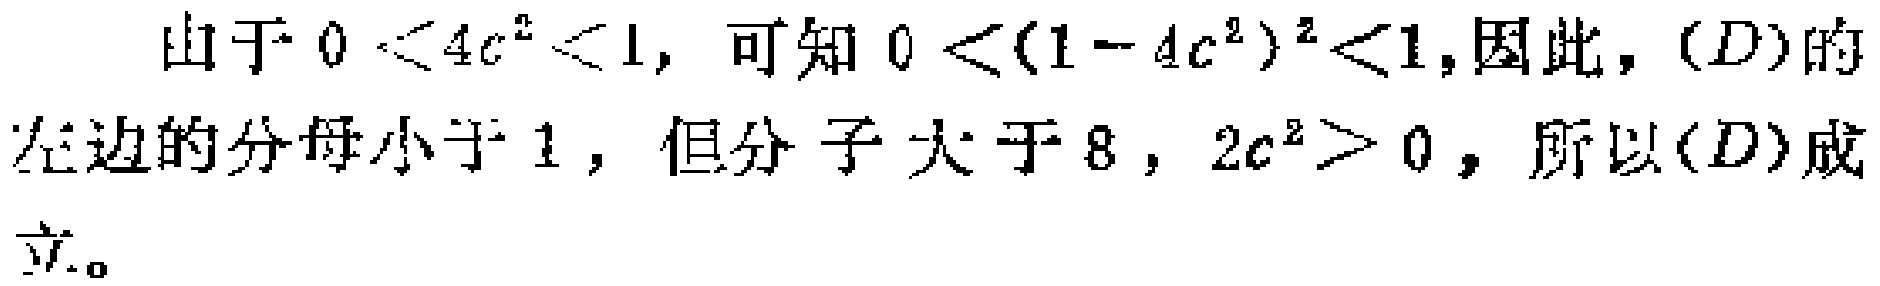
由于\(0 < 4c^{2} < 1\)，可知\(0 < (1 - 4c^{2})^{2}<1\)，因此，\((D)\)的左边的分母小于\(1\)，但分子大于\(8\)，\(2c^{2}>0\)，所以\((D)\)成立。